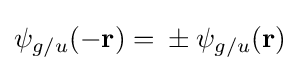
\psi _{g/u}(-{\mathbf {r} })={}\pm \psi _{g/u}({\mathbf {r} })\;